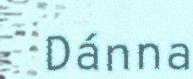
Dánna